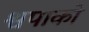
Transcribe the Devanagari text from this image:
श्वपाको